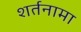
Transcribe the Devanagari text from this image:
शर्तनामा